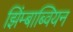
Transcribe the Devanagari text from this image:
झिंम्बाब्वियन